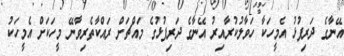
އޭނާގެ ދަރިފުޅު އެމީހަކާ ހަވާލުކުރާއިރު އޭނާގެ ދަރިފުޅުގެ މައްޗަށް ރައްކާތެރިވާނޭ މީހަކަށް އެމީހަކު